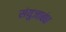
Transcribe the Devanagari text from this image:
संयुजाबंध